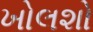
ખોલશો